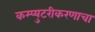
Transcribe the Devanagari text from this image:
कम्प्युटरीकरणाचा